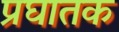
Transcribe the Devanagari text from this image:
प्रघातक